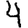
Digit: 4